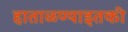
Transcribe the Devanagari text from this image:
हाताळण्याइतकी